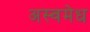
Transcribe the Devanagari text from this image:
अस्वमेध